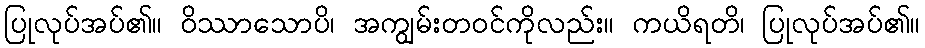
ပြုလုပ်အပ်၏။ ဝိဿာသောပိ၊ အကျွမ်းတဝင်ကိုလည်း။ ကယိရတိ၊ ပြုလုပ်အပ်၏။